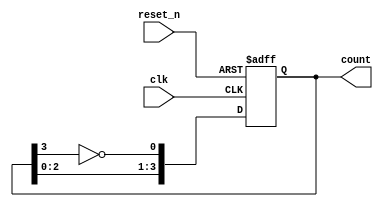
`timescale 1ns / 1ps


module johnson_counter(
    input clk,
    input reset_n,
    output reg [3:0] count
    );
    always @ (posedge clk or negedge reset_n)
    begin
    if(~reset_n)
    count<=4'b0000;
    else 
  
count<={{count[2:0]},{~count[3]}};
    end
endmodule